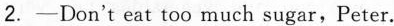
2. —Don't eat too much sugar，Peter.